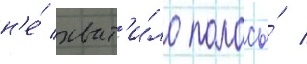
н'е́ хват'и́ло полосы́ /